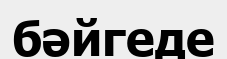
бәйгеде